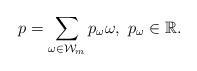
LaTeX: \begin{align*}p=\sum_{\omega \in \mathcal{W}_m} p_{\omega} \omega, ~ p_{\omega} \in \mathbb{R}. \end{align*}